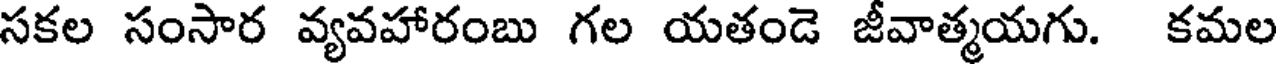
సకల సంసార వ్యవహారంబు గల యతండె జీవాత్మయగు. కమల